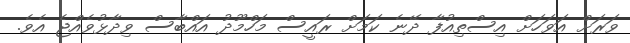
ވަރަށް އަވަހަށް އިސްތިއުފާ ދޭނެ ކަމަށް ރައީސް މަހްމޫދު އައްބާސް ވިދާޅުވެއްޖެ އެވެ.